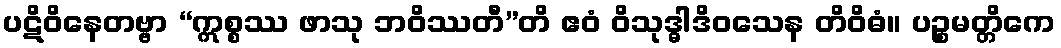
ပဋိဝိနေတဗ္ဗာ “ဣစ္စဿ ဖာသု ဘဝိဿတီ”တိ ဧဝံ ဝိသုဒ္ဓါဒိဝသေန တိဝိဓံ။ ပဉ္စမတ္တိကေ